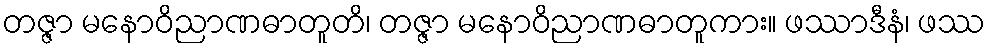
တဇ္ဇာ မနောဝိညာဏဓာတူတိ၊ တဇ္ဇာ မနောဝိညာဏဓာတူကား။ ဖဿာဒီနံ၊ ဖဿ